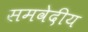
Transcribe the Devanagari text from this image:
समवेदीय